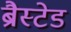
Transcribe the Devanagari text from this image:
ब्रैस्टेड